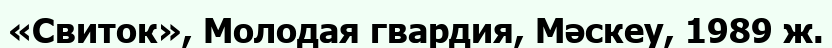
«Свиток», Молодая гвардия, Мәскеу, 1989 ж.